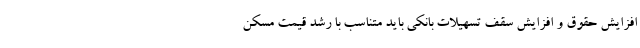
افزایش حقوق و افزایش سقف تسهیلات بانکی باید متناسب با رشد قیمت مسکن